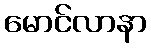
မောင်လာနာ